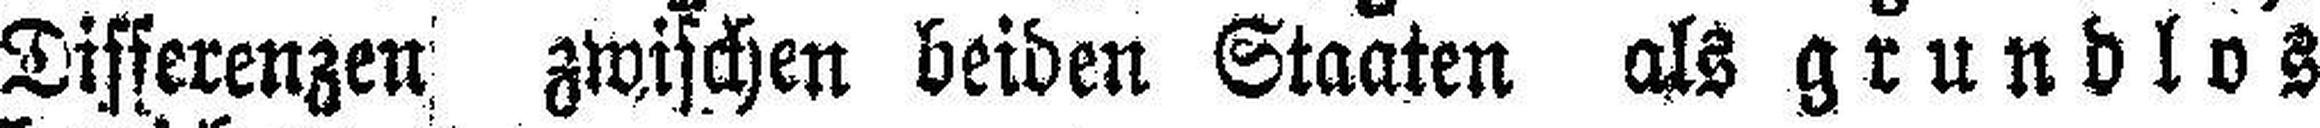
Differenzen zwischen beiden Staaten als grundlos